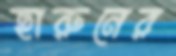
হারুনের